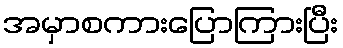
အမှာစကားပြောကြားပြီး